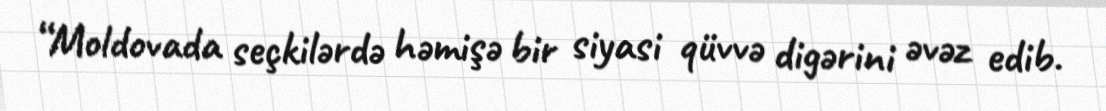
“Moldovada seçkilərdə həmişə bir siyasi qüvvə digərini əvəz edib.